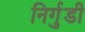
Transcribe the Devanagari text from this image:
निर्गुडी